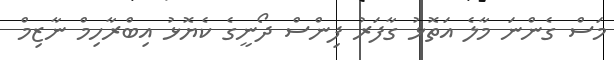
މަސް ގެންނަ މާލެ އަތޮޅު ގާފަރު ފިންސް ދޯނީގެ ކެޔޮޅު އިބްރާހިމް ނާޒިމް